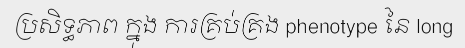
ប្រសិទ្ធភាព ក្នុង ការគ្រប់គ្រង phenotype នៃ long